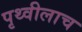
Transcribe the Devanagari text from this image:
पृथ्वीलाच